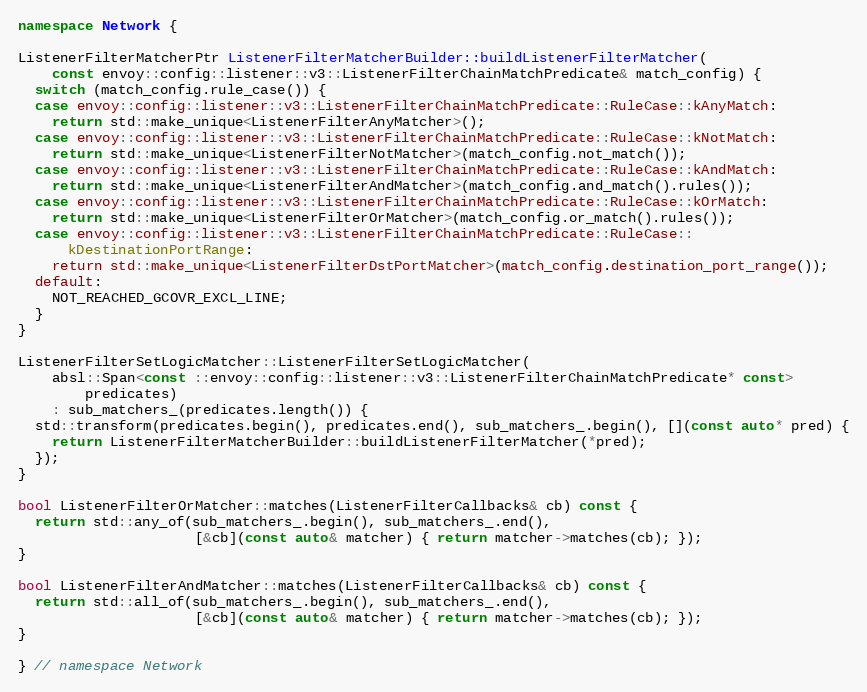
Language: C++
namespace Network {

ListenerFilterMatcherPtr ListenerFilterMatcherBuilder::buildListenerFilterMatcher(
    const envoy::config::listener::v3::ListenerFilterChainMatchPredicate& match_config) {
  switch (match_config.rule_case()) {
  case envoy::config::listener::v3::ListenerFilterChainMatchPredicate::RuleCase::kAnyMatch:
    return std::make_unique<ListenerFilterAnyMatcher>();
  case envoy::config::listener::v3::ListenerFilterChainMatchPredicate::RuleCase::kNotMatch:
    return std::make_unique<ListenerFilterNotMatcher>(match_config.not_match());
  case envoy::config::listener::v3::ListenerFilterChainMatchPredicate::RuleCase::kAndMatch:
    return std::make_unique<ListenerFilterAndMatcher>(match_config.and_match().rules());
  case envoy::config::listener::v3::ListenerFilterChainMatchPredicate::RuleCase::kOrMatch:
    return std::make_unique<ListenerFilterOrMatcher>(match_config.or_match().rules());
  case envoy::config::listener::v3::ListenerFilterChainMatchPredicate::RuleCase::
      kDestinationPortRange:
    return std::make_unique<ListenerFilterDstPortMatcher>(match_config.destination_port_range());
  default:
    NOT_REACHED_GCOVR_EXCL_LINE;
  }
}

ListenerFilterSetLogicMatcher::ListenerFilterSetLogicMatcher(
    absl::Span<const ::envoy::config::listener::v3::ListenerFilterChainMatchPredicate* const>
        predicates)
    : sub_matchers_(predicates.length()) {
  std::transform(predicates.begin(), predicates.end(), sub_matchers_.begin(), [](const auto* pred) {
    return ListenerFilterMatcherBuilder::buildListenerFilterMatcher(*pred);
  });
}

bool ListenerFilterOrMatcher::matches(ListenerFilterCallbacks& cb) const {
  return std::any_of(sub_matchers_.begin(), sub_matchers_.end(),
                     [&cb](const auto& matcher) { return matcher->matches(cb); });
}

bool ListenerFilterAndMatcher::matches(ListenerFilterCallbacks& cb) const {
  return std::all_of(sub_matchers_.begin(), sub_matchers_.end(),
                     [&cb](const auto& matcher) { return matcher->matches(cb); });
}

} // namespace Network